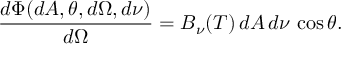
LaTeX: { \frac { d \Phi ( d A , \theta , d \Omega , d \nu ) } { d \Omega } } = B _ { \nu } ( T ) \, d A \, d \nu \, \cos \theta .